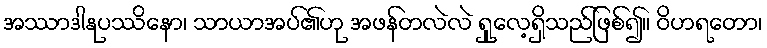
အဿာဒါနုပဿိနော၊ သာယာအပ်၏ဟု အဖန်တလဲလဲ ရှုလေ့ရှိသည်ဖြစ်၍။ ဝိဟရတော၊